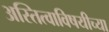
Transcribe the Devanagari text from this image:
अस्तित्वाविषयीच्या